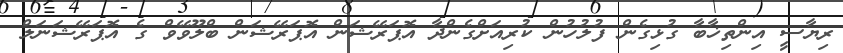
ރިޔާސީ އިންތިޚާބާ ގުޅިގެން ފުލުހުން ކުރިއަށްގެންދާ އޮޕަރޭޝަން އޮޕަރޭޝަން ބްލޫވޭވް ގެ އޮޕަރޭޝަނަލް